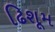
ઢિશૂમ